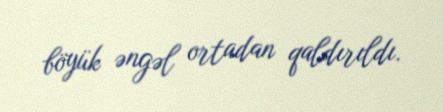
böyük əngəl ortadan qaldırıldı.